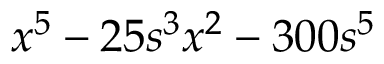
x ^ { 5 } - 2 5 s ^ { 3 } x ^ { 2 } - 3 0 0 s ^ { 5 }